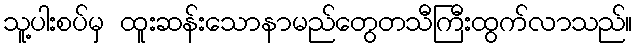
သူ့ပါးစပ်မှ ထူးဆန်းသောနာမည်တွေတသီကြီးထွက်လာသည်။